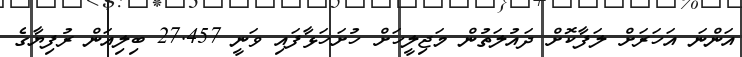
އަންނަ އަހަރަށް ލަފާކޮށް ދައުލަތުން މަޖިލީހަށް ހުށަހަޅާފައި ވަނީ 27.457 ބިލިއަން ރުފިޔާގެ